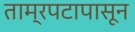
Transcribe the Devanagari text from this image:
ताम्रपटापासून